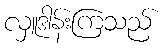
လှူဒါန်းကြသည်